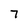
Character: 7